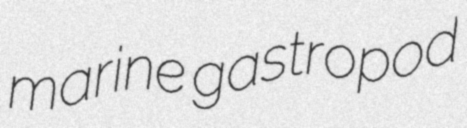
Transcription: marine gastropod